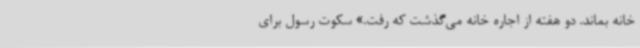
خانه بماند. دو هفته از اجاره خانه می‌گذشت که رفت.» سکوت رسول برای